Lunatic asylums Central Provinces reports 1895-1909 - 1895-1909
Year: 1895
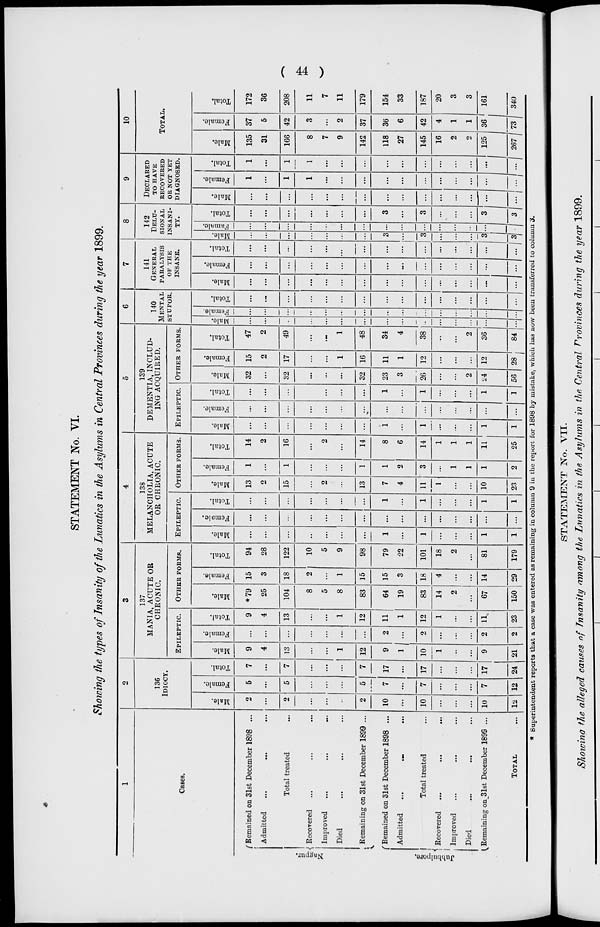
( 44 )
STATEMENT No. VI.
Showing the types of Insanity of the Lunatics in the Asylums in Central Provinces during the year 1899.
1
Cases.
Nagpur.
Jubbulpore.
Remained on 31st December 1898 ...
Admitted ... ... ...
Total treated ...
Recovered ... ... ...
Improved ... ... ...
Died ... ... ...
Remaining on 31st December 1899 ...
Remained on 31st December 1898 ...
Admitted ... ... ...
Total treated ...
Recovered ... ... ...
Improved ... ... ...
Died ... ... ...
Remaining on 31st December 1899 ...
TOTAL ...
2
136
IDIOCY.
Male.
2
...
2
...
...
...
2
10
...
10
...
...
...
10
12
Female.
5
...
5
...
...
...
5
7
...
7
...
...
...
7
12
Total.
7
...
7
...
...
...
7
17
...
17
...
...
...
17
24
3
137
MANIA, ACUTE OR
CHRONIC.
EPILEPTIC.
Male.
9
4
13
...
...
1
12
9
1
10
1
...
...
9
21
Female.
...
...
...
...
...
...
...
2
...
2
...
...
...
2
2
Total.
9
4
13
...
...
1
12
11
1
12
1
...
...
11
23
OTHER FORMS.
Male.
*79
25
104
8
5
8
83
64
19
83
14
2
...
67
150
Female.
15
3
18
2
...
1
15
15
3
18
4
...
...
14
29
Total.
94
28
122
10
5
9
98
79
22
101
18
2
...
81
179
4
138
MELANCHOLIA, ACUTE
OR CHRONIC.
EPILEPTIC.
Male.
...
...
...
...
...
...
...
1
...
1
...
...
...
1
1
Female.
...
...
...
...
...
...
...
...
...
...
...
...
...
...
...
Total.
...
...
...
...
...
...
...
1
...
1
...
...
...
1
1
OTHER FORMS.
Male.
13
2
15
...
2
...
13
7
4
11
1
...
...
10
23
Female.
1
...
1
...
...
...
1
1
2
3
...
1
1
1
2
Total.
14
2
16
...
2
...
14
8
6
14
1
1
1
11
25
5
139
DEMENTIA, INCLUD-
ING ACQUIRED.
EPILEPTIC.
Male.
...
...
...
...
...
...
...
1
...
1
...
...
...
1
1
Female.
...
...
...
...
...
...
...
...
...
...
...
...
...
...
...
Total.
...
...
...
...
...
...
...
1
...
1
...
...
...
1
1
OTHER FORMS.
Male.
32
...
32
...
...
...
32
23
3
26
...
...
2
24
56
Female.
15
2
17
...
...
1
16
11
1
12
...
...
...
12
28
Total.
47
2
49
...
...
1
48
34
4
38
...
...
2
36
84
6
140
MENTAL
STUPOR.
Male.
...
...
...
...
...
...
...
...
...
...
...
...
...
...
...
Female.
...
...
...
...
...
...
...
...
...
...
...
...
...
...
...
Total.
...
...
...
...
...
...
...
...
...
...
...
...
...
...
...
7
141
GENERAL
PARALYSIS
OF THE
INSANE.
Male.
...
...
...
...
...
...
...
...
...
...
...
...
...
...
...
Female.
...
...
...
...
...
...
...
...
...
...
...
...
...
...
...
Total.
...
...
...
...
...
...
...
...
...
...
...
...
...
...
8
142
DELU¬
SIONAL
INSANI¬
TY.
Male.
...
...
...
...
...
...
...
3
...
3
...
...
...
3
3
Famale.
...
...
...
...
...
...
...
...
...
...
...
...
...
...
...
Total.
...
...
...
...
...
...
...
3
...
3
...
...
...
3
3
9
DECLARED
TO HAVE
RECOVERED
OR NOT YET
DIAGNOSED.
Male.
...
...
...
...
...
...
...
...
...
...
...
...
...
...
Female.
1
...
1
1
...
...
...
...
...
...
...
...
...
...
...
Total.
1
...
1
1
...
...
...
...
...
...
...
...
...
...
...
10
TOTAL.
Male.
135
31
166
8
7
9
142
118
27
145
16
2
2
125
267
Female.
37
5
42
3
...
2
37
36
6
42
4
1
1
36
73
Total.
172
36
208
11
7
11
179
154
33
187
20
3
3
161
340
* Superintendent reports that a case was entered as remaining in column 9 in the report for 1898 by mistake, which has now been transferred to column 3.